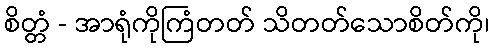
စိတ္တံ - အာရုံကိုကြံတတ် သိတတ်သောစိတ်ကို၊